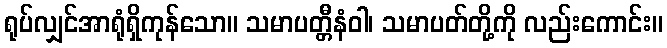
ရုပ်လျှင်အာရုံရှိကုန်သော။ သမာပတ္တီနံဝါ၊ သမာပတ်တို့ကို လည်းကောင်း။